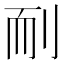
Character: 𦓎